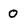
Character: 0